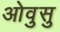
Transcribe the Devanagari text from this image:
ओवुसु